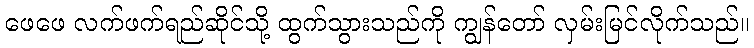
ဖေဖေ လက်ဖက်ရည်ဆိုင်သို့ ထွက်သွားသည်ကို ကျွန်တော် လှမ်းမြင်လိုက်သည်။